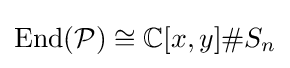
{\text{End}}({\mathcal {P}})\cong \mathbb {C} [x,y]\#S_{n}